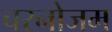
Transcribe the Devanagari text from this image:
चरनोजम